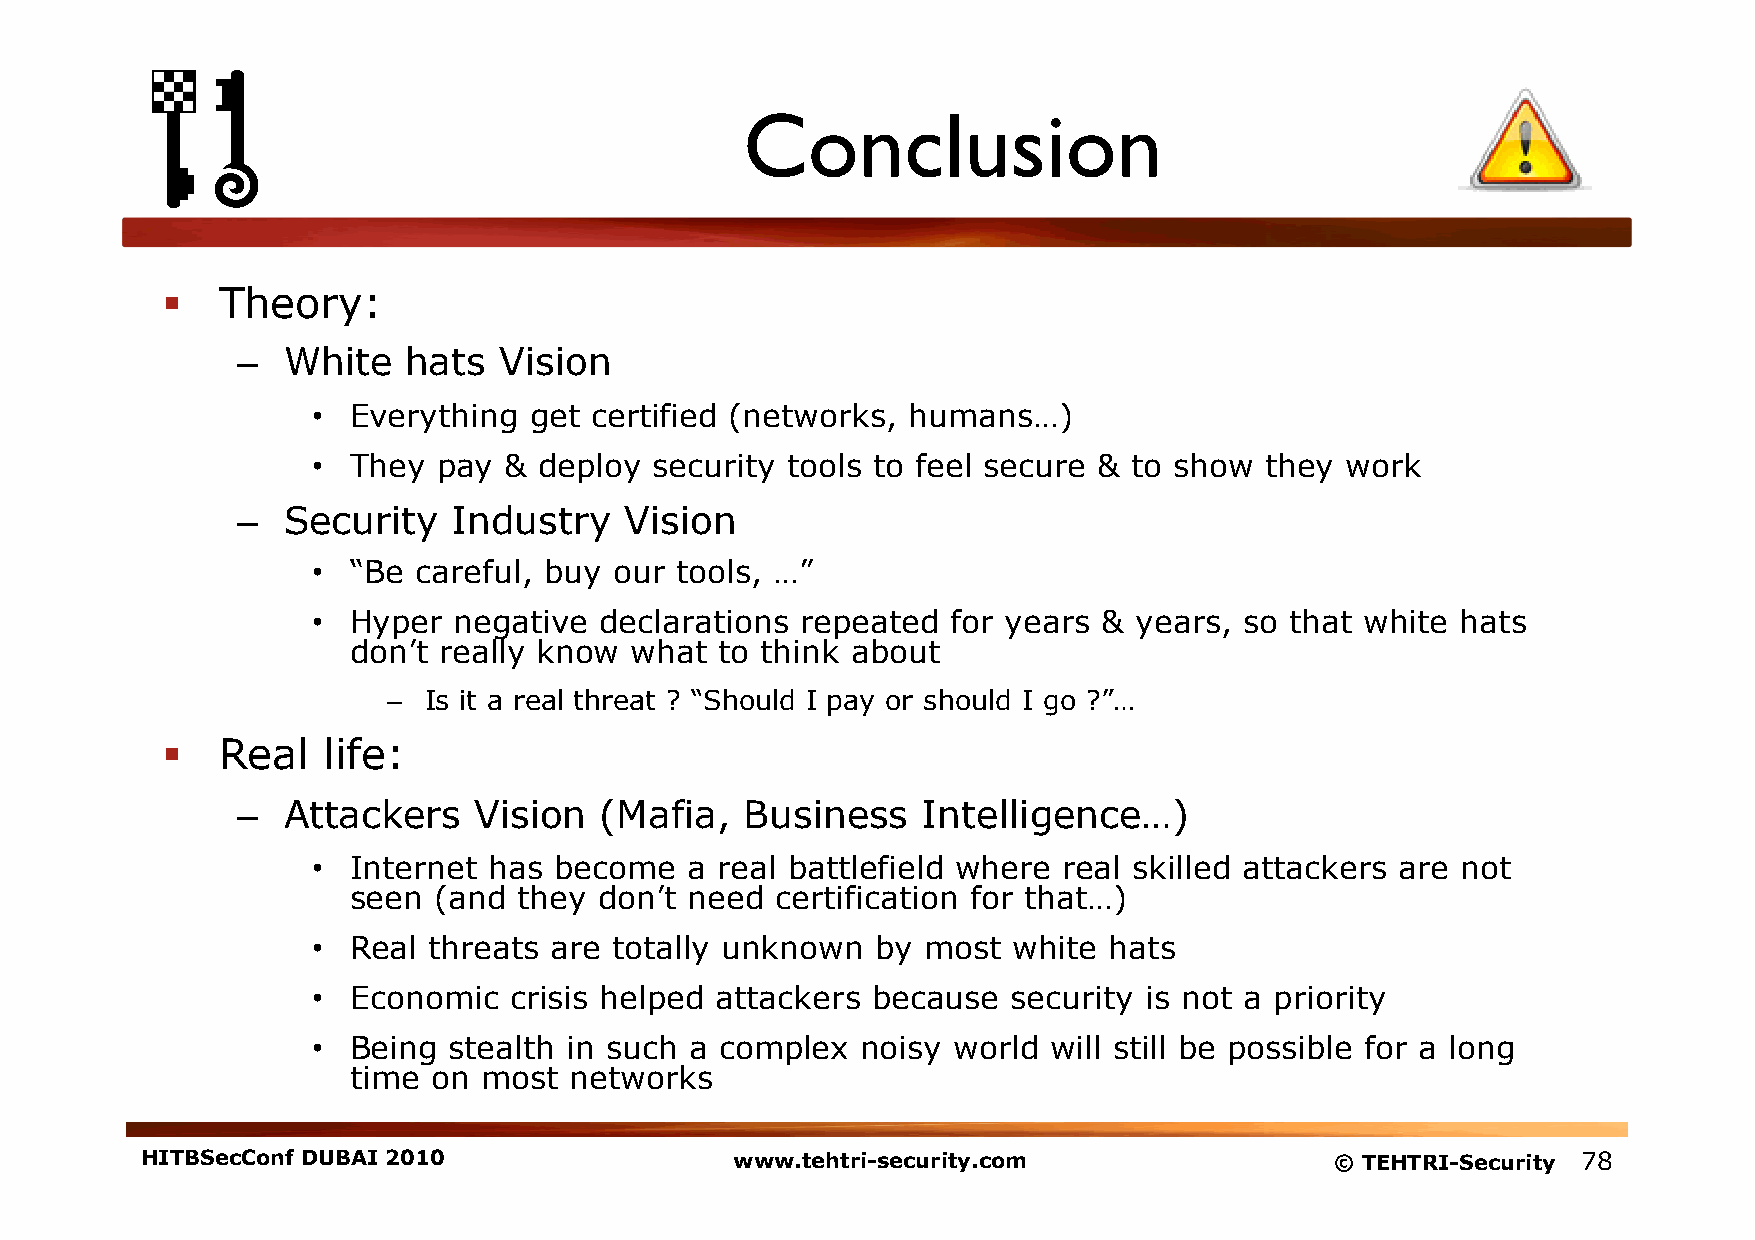
Conclusion
   Theory:
 –  White   hats  Vision
 • Everything  get certified (networks, humans…)
 • They  pay &  deploy security tools to feel secure & to show  they work
 –  Security   Industry   Vision
 • “Be careful, buy  our tools, …”
 • Hyper  negative  declarations repeated  for years & years, so that white  hats
 don’t really know  what  to think about
 – Is it a real threat ? “Should I pay or should I go ?”…
   Real   life:
 –  Attackers   Vision   (Mafia,  Business    Intelligence…)
 • Internet has  become   a real battlefield where real skilled attackers are not
 seen  (and they  don’t need certification for that…)
 • Real threats are  totally unknown  by most  white hats
 • Economic   crisis helped attackers because  security is not a priority
 • Being  stealth in such a complex  noisy world  will still be possible for a long
 time  on most  networks
 HITBSecConf DUBAI 2010                  www.tehtri-security.com                © TEHTRI-Security 78